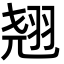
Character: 翘